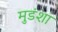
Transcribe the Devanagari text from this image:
मुडंशा